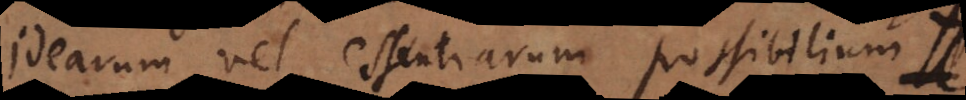
idearum vel essentiarum possibilium